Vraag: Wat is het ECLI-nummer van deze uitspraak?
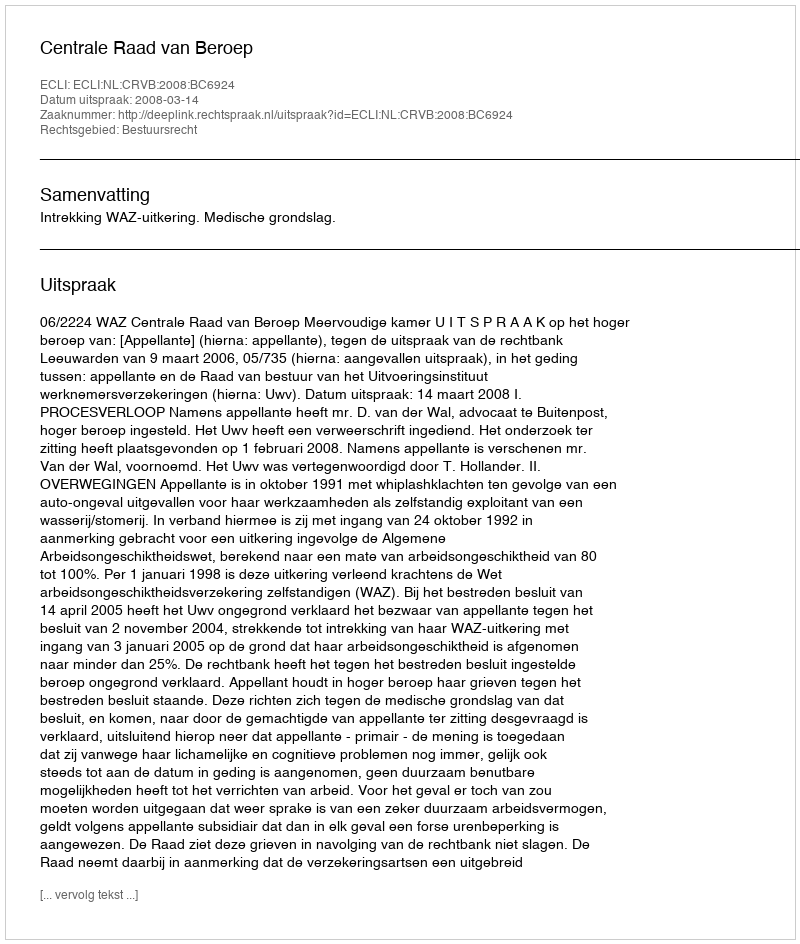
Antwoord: ECLI:NL:CRVB:2008:BC6924